Vaccination in Bombay 1869-1873 - 1869-1873
Year: 1869
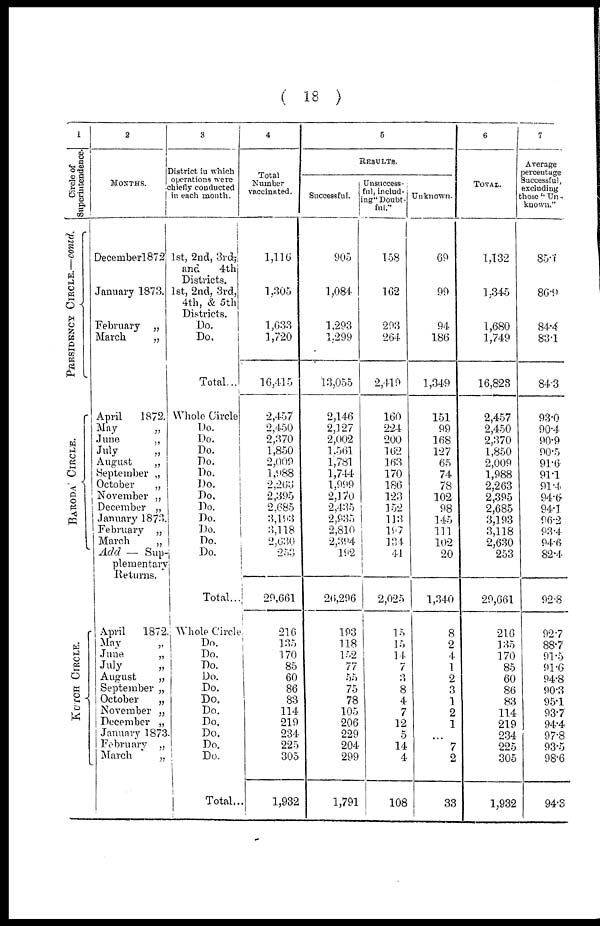
( 18 )
1
Circle of
Superintendence.
PRESIDENCY CIRCLE.—contd.
BARODA' CIRCLE.
KUTCH CIRCLE.
2
MONTHS.
Decernber1872
January 1873.
February
„
March
„
April
1872.
May
„
June
„
July
„
August
„
September „
October
„
November „
December „
January 1873
February „
March
„
Add — Sup-
plementary
Returns.
April
1872
May „
June
„
July
„
August
„
September „
October
„
November „
December „
January 1873
February „
March
„
3
District in which
operations were
chiefly conducted
in each month.
1st, 2nd, 3rd,
and
4th
Districts.
1st, 2nd, 3rd,
4th, & 5th
Districts.
Do.
Do,
Total...
Whole Circle
Do.
Do.
Do.
Do.
Do.
Do.
Do.
Do.
Do.
Do.
Do.
Do.
Total...
Whole Circle
Do.
Do.
Do.
Do.
Do.
Do.
Do.
Do.
Do.
Do.
Do.
Total..
4
Total
Number
vaccinated.
1,116
1,305
1,633
1,720
16,415
2,457
2,450
2,370
1,850
2,009
1,988
2,263
2,395
2,685
3,193
3,118
2,630
253
29,661
216
135
170
85
60
86
83
114
219
234
225
305
1,932
5
RESULTS.
Successful.
905
1,084
1,293
1,299
13,055
2,146
2,127
2,002
1,501
1,781
1,744
1,999
2,170
2,435
2,935
2,810
2,394
192
26,296
193
118
152
77
55
75
78
105
206
229
204
299
1,791
Unsuccess-
ful, includ¬
ing" Doubt-
ful."
158
162
293
264
2,419
160
224
200
162
163
170
186
123
152
113
197
134
41
2,025
15
15
14
7
3
8
4
7
12
5
14
4
108
Unknown.
69
99
94
186
1,349
151
99
168
127
65
74
78
102
98
145
111
102
20
1,340
8
2
4
1
2
3
1
2
1
...
7
2
33
6
TOTAL.
1,132
1,345
1,680
1,749
16,823
2,457
2,450
2,370
1,850
2,009
1,988
2,263
2,395
2,685
3,193
3,118
2,630
253
29,661
216
135
170
85
60
86
83
114
219
234
225
305
1,932
7
Average
percentage
Successful,
excluding
those " Un¬
known."
85.1
86.9
84.4
83.1
84.3
93.0
90.4
90.9
90,5
91.6
91.1
91.4
94.6
94.1
96.2
93.4
94.6
82.4
92.8
92.7
88.7
91.5
91.6
94.8
90.3
95.1
93.7
94.4
97.8
93.5
98.6
94.3